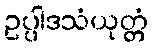
ဥပ္ပါဒသံယုတ္တံ